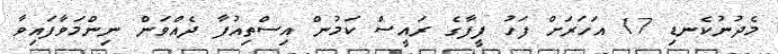
މެދުނުކެނޑި 17 އަހަރަށް ފަހު ފީފާގެ ރައީސް ކަމުން އިސްތިއުފާ ދެއްވަން ނިންމަވާފައިވާ